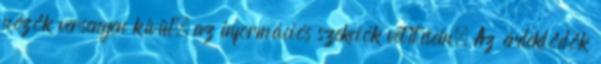
nézők versenyen kívül, az információs szekciók vetítésein. Az érdeklődők